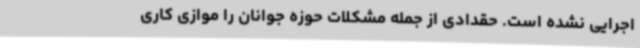
اجرایی نشده است. حقدادی از جمله مشکلات حوزه جوانان را موازی کاری